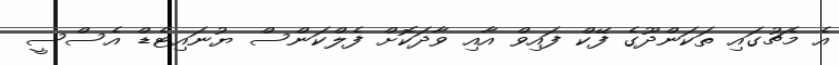
އެ މެޗުގައި ތަކަންދޫގެ ފޭކް ފައިވް އާއި ވާދަކޮށް ފެލްކަންސް ޔުނައިޓެޑް އެސްސީ